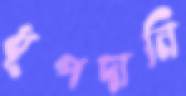
ধূপদানি